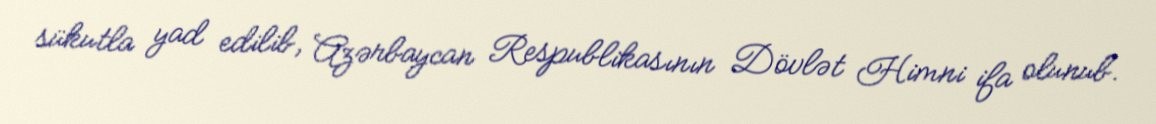
sükutla yad edilib, Azərbaycan Respublikasının Dövlət Himni ifa olunub.